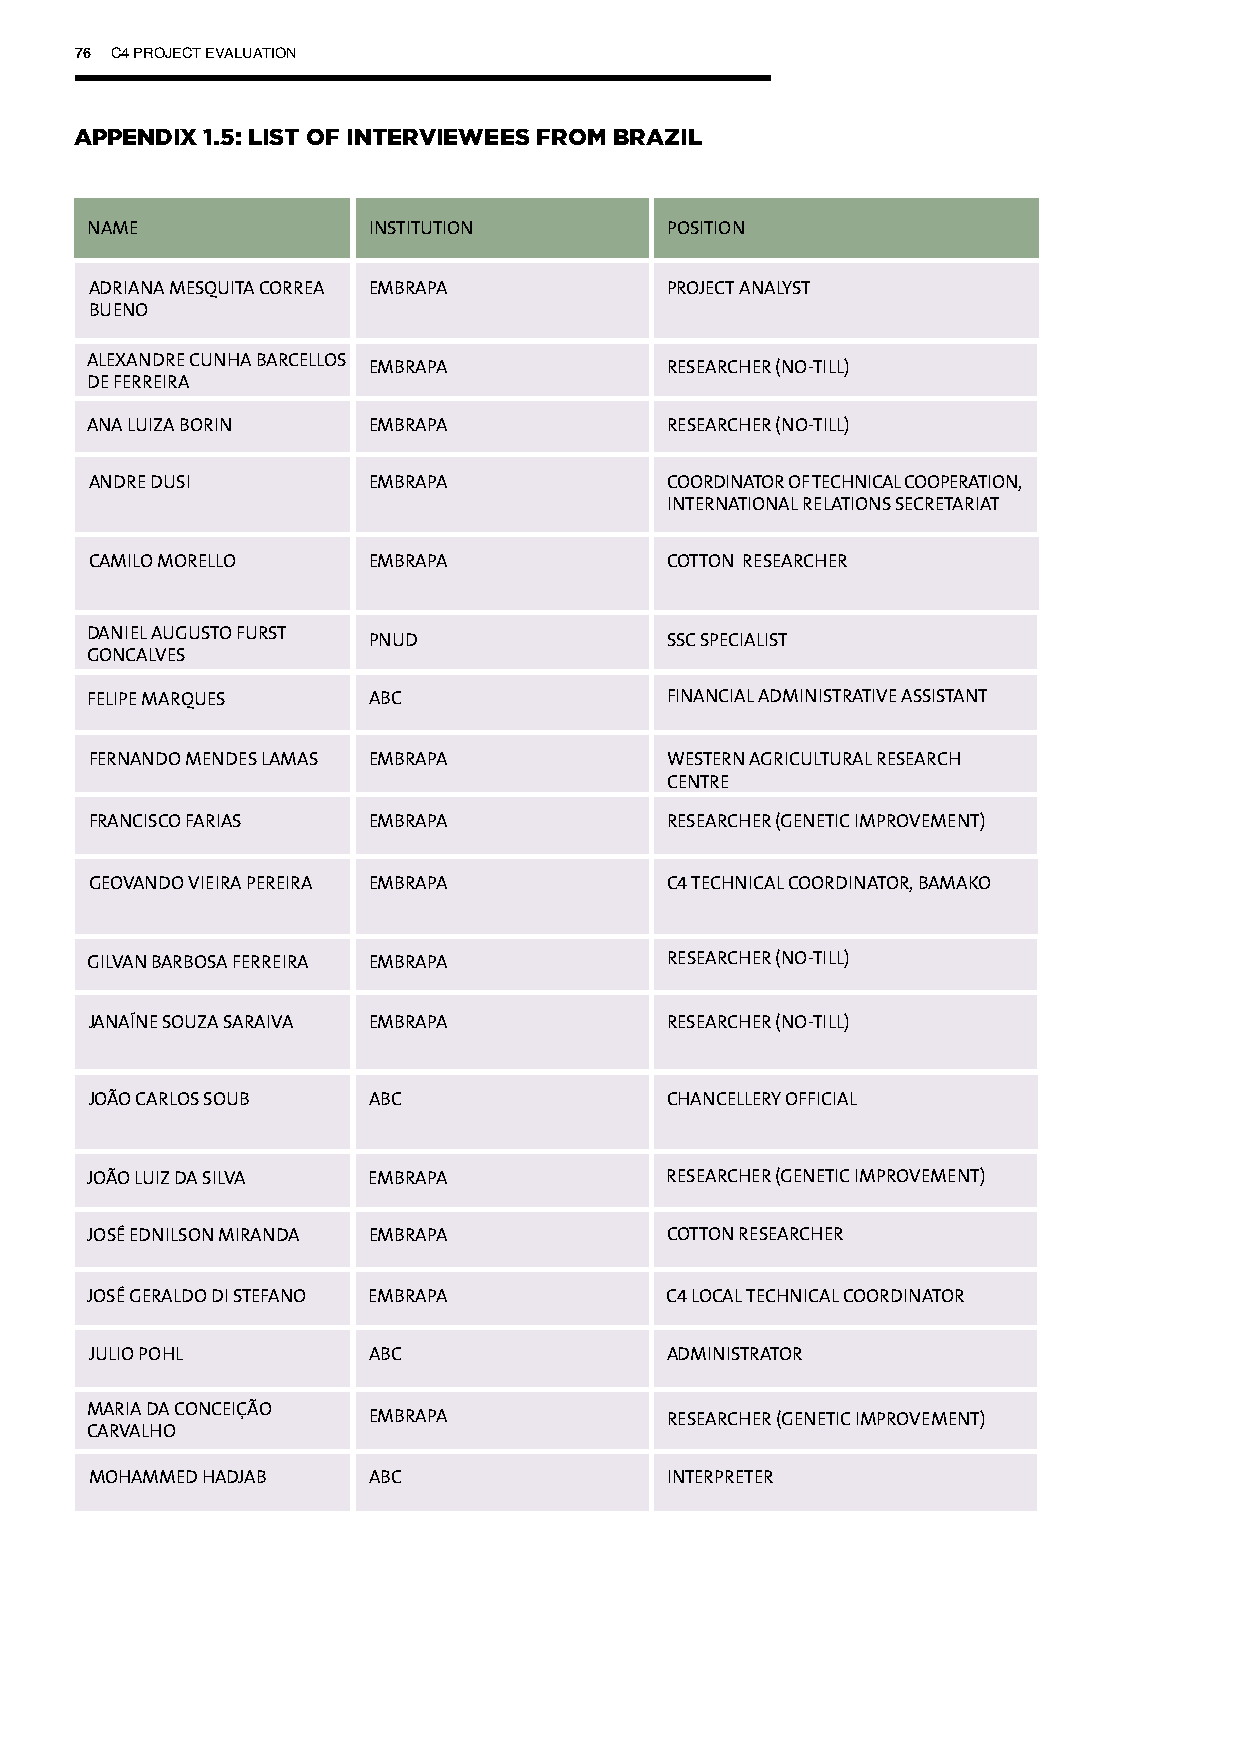
76 C4 PROJECT EVALUATION
 APPENDIX 1.5: LIST OF INTERVIEWEES FROM BRAZIL
 NAME              INSTITUTION         POSITION
 ADRIANA MESQUITA CORREA EMBRAPA       PROJECT ANALYST
 BUENO
 ALEXANDRE CUNHA BARCELLOS
 EMBRAPA             RESEARCHER (NO-TILL)
 DE FERREIRA
 ANA LUIZA BORIN   EMBRAPA             RESEARCHER (NO-TILL)
 ANDRE DUSI        EMBRAPA             COORDINATOR OF TECHNICAL COOPERATION,
 INTERNATIONAL RELATIONS SECRETARIAT
 CAMILO MORELLO    EMBRAPA             COTTON RESEARCHER
 DANIEL AUGUSTO FURST
 PNUD                SSC SPECIALIST
 GONCALVES
 FELIPE MARQUES    ABC                 FINANCIAL ADMINISTRATIVE ASSISTANT
 FERNANDO MENDES LAMAS EMBRAPA         WESTERN AGRICULTURAL RESEARCH
 CENTRE
 FRANCISCO FARIAS  EMBRAPA             RESEARCHER (GENETIC IMPROVEMENT)
 GEOVANDO VIEIRA PEREIRA EMBRAPA       C4 TECHNICAL COORDINATOR, BAMAKO
 GILVAN BARBOSA FERREIRA EMBRAPA       RESEARCHER (NO-TILL)
 JANAÍNE SOUZA SARAIVA EMBRAPA         RESEARCHER (NO-TILL)
 JOÃO CARLOS SOUB  ABC                 CHANCELLERY OFFICIAL
 JOÃO LUIZ DA SILVA EMBRAPA            RESEARCHER (GENETIC IMPROVEMENT)
 JOSÉ EDNILSON MIRANDA EMBRAPA         COTTON RESEARCHER
 JOSÉ GERALDO DI STEFANO EMBRAPA       C4 LOCAL TECHNICAL COORDINATOR
 JULIO POHL        ABC                 ADMINISTRATOR
 MARIA DA CONCEIÇÃO
 EMBRAPA             RESEARCHER (GENETIC IMPROVEMENT)
 CARVALHO
 MOHAMMED HADJAB   ABC                 INTERPRETER